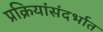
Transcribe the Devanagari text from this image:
प्रक्रियांसंदर्भात